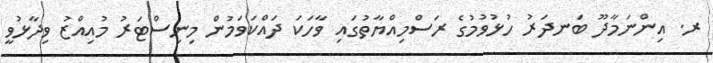
ރ. އިންނަމާދޫ ބަނދަރު ހުޅުވުމުގެ ރަސްމިއްޔާތުގައި ވާހަކަ ދައްކަވަމުން މިނިސްޓަރު މުއިއްޒު ވިދާޅުވީ